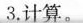
3.计算。